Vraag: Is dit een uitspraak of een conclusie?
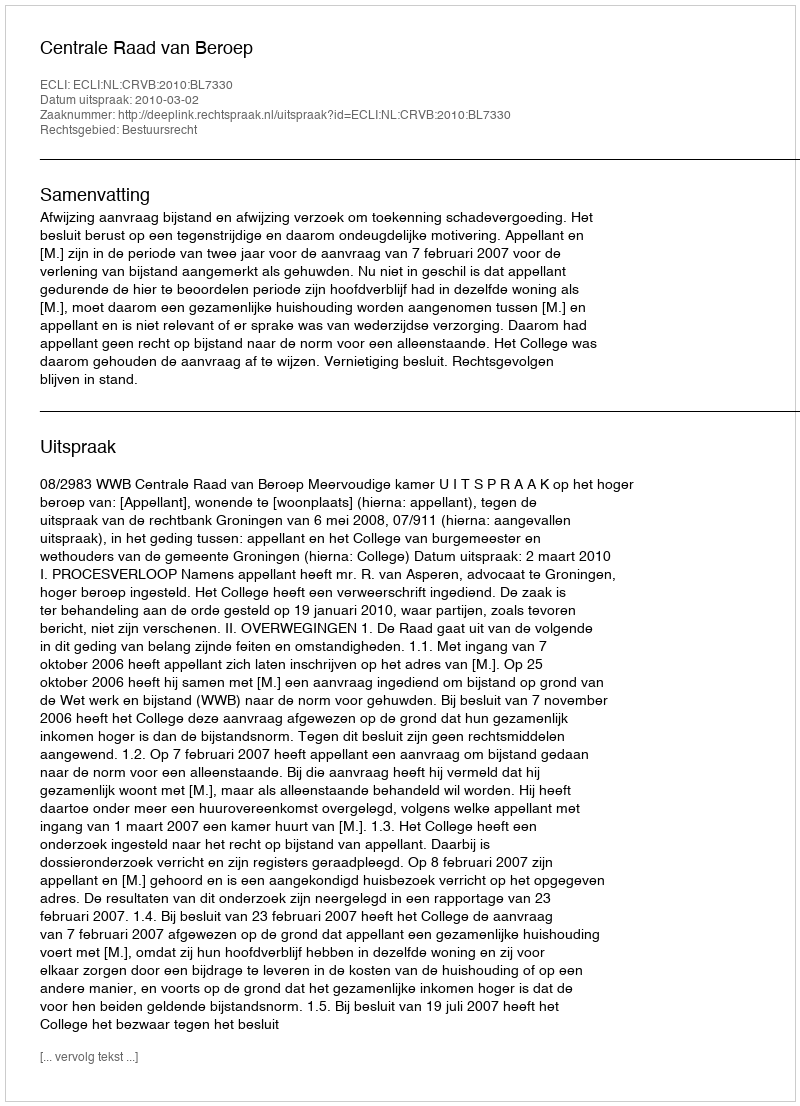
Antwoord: Uitspraak